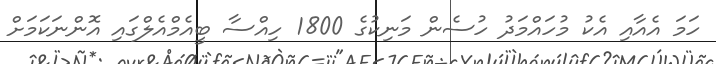
ހަމަ އެއާއި އެކު މުހައްމަދު ހުސެން މަނިކުގެ 1800 ހިއްސާ ބީއެމްއެލްގައި އޮންނަކަމަށް